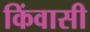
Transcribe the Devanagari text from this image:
किंवासी